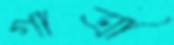
গাত্রী